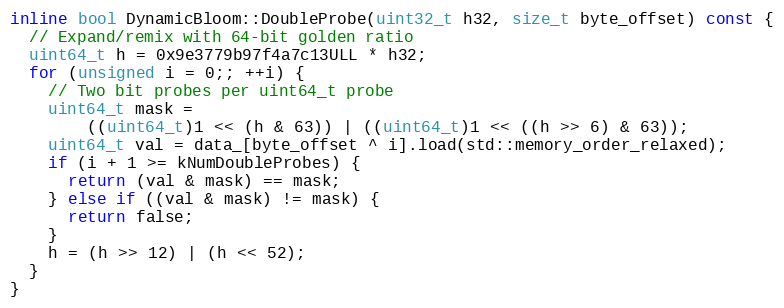
Language: C
inline bool DynamicBloom::DoubleProbe(uint32_t h32, size_t byte_offset) const {
  // Expand/remix with 64-bit golden ratio
  uint64_t h = 0x9e3779b97f4a7c13ULL * h32;
  for (unsigned i = 0;; ++i) {
    // Two bit probes per uint64_t probe
    uint64_t mask =
        ((uint64_t)1 << (h & 63)) | ((uint64_t)1 << ((h >> 6) & 63));
    uint64_t val = data_[byte_offset ^ i].load(std::memory_order_relaxed);
    if (i + 1 >= kNumDoubleProbes) {
      return (val & mask) == mask;
    } else if ((val & mask) != mask) {
      return false;
    }
    h = (h >> 12) | (h << 52);
  }
}